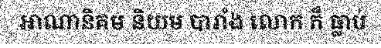
អាណានិគម និយម បារាំង លោក ក៏ ធ្លាប់